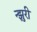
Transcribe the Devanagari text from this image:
न्झुरी